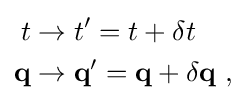
{\begin{aligned}t&\rightarrow t^{\prime }=t+\delta t\\\mathbf {q} &\rightarrow \mathbf {q} ^{\prime }=\mathbf {q} +\delta \mathbf {q} ~,\end{aligned}}